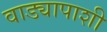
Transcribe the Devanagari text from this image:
वाड्यापाशी